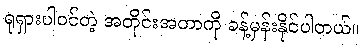
ရုရှားပါဝင်တဲ့ အတိုင်းအတာကို ခန့်မှန်းနိုင်ပါတယ်။